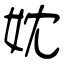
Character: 妉